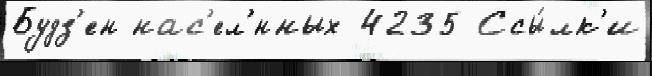
Будз'ен нас'ел'́нных 4235 Ссы́лк'и